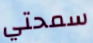
سمحتي